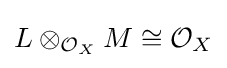
L\otimes _{{\mathcal {O}}_{X}}M\cong {\mathcal {O}}_{X}